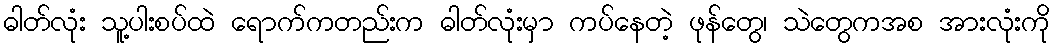
ဓါတ်လုံး သူ့ပါးစပ်ထဲ ရောက်ကတည်းက ဓါတ်လုံးမှာ ကပ်နေတဲ့ ဖုန်တွေ၊ သဲတွေကအစ အားလုံးကို